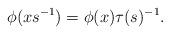
LaTeX: \begin{align*}\phi(xs^{-1})=\phi(x)\tau(s)^{-1}.\end{align*}